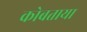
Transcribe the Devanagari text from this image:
कोबताया